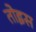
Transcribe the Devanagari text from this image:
तोइस